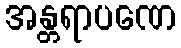
အန္တရာပဏေ